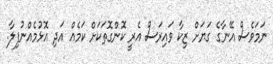
ނަމަވެސް އޭނާގެ ގަޔަށް ޒިކާ ވައިރަސް އެރީ ކޮންގޮތަކަށް ކަމެއް އަދި އޮޅުމެއްނުފިލާ.